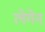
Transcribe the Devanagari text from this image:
लेगेन